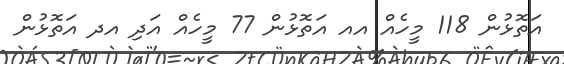
އަތޮޅުން 118 މީހެއް އއ އަތޮޅުން 77 މީހެއް އަދި އދ އަތޮޅުން